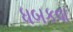
ધબકવા